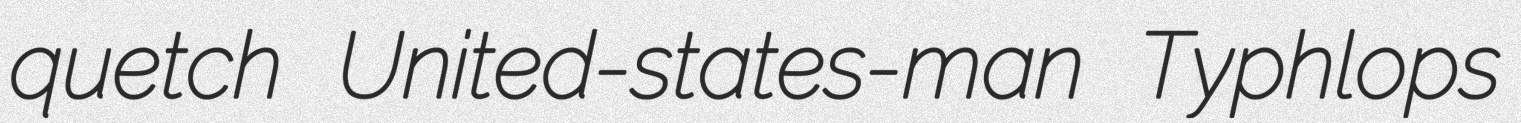
quetch United-states-man Typhlops